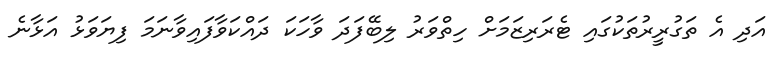
އަދި އެ ތަގުރީރުތަކުގައި ޓެރަރިޒަމަށް ހިތްވަރު ލިބޭފަދަ ވާހަކަ ދައްކަވާފައިވާނަމަ ފިޔަވަޅު އަޅާނެ